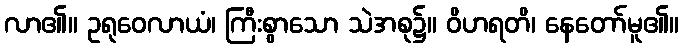
လာ၏။ ဥရုဝေလာယံ၊ ကြီးစွာသော သဲအစု၌။ ဝိဟရတိ၊ နေတော်မူ၏။